Vaccination in Bombay 1869-1873 - 1869-1873
Year: 1869
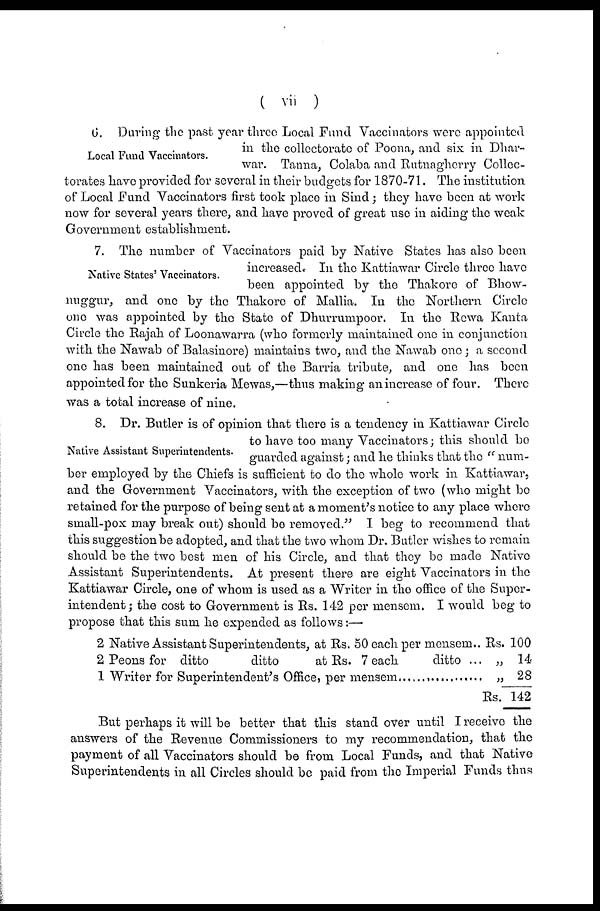
( vii )
Local Fund Vaccinators.
6. During the past year three Local Fund Vaccinators were appointed
in the collectorate of Poona, and six in Dhar-
war. Tanna, Colaba and Rutnagherry Collec-
torates have provided for several in their budgets for 1870-71. The institution
of Local Fund Vaccinators first took place in Sind; they have been at work
now for several years there, and have proved of great use in aiding the weak
Government establishment.
Native States' Vaccinators.
7. The number of Vaccinators paid by Native States has also been
increased. In the Kattiawar Circle three have
been appointed by the Thakore of Bhow-
nuggur, and one by the Thakore of Mallia. In the Northern Circle
one was appointed by the State of Dhurrumpoor. In the Rewa Kanta
Circle the Rajah of Loonawarra (who formerly maintained one in conjunction
with the Nawab of Balasinore) maintains two, and the Nawab one; a second
one has been maintained out of the Barria tribute, and one has been
appointed for the Sunkeria Mewas,—thus making an increase of four. There
was a total increase of nine.
Native Assistant Superintendents.
8. Dr. Butler is of opinion that there is a tendency in Kattiawar Circle
to have too many Vaccinators; this should be
guarded against; and he thinks that the " num-
ber employed by the Chiefs is sufficient to do the whole work in Kattiawar,
and the Government Vaccinators, with the exception of two (who might be
retained for the purpose of being sent at a moment's notice to any place where
small-pox may break out) should be removed." I beg to recommend that
this suggestion be adopted, and that the two whom Dr. Butler wishes to remain
should be the two best men of his Circle, and that they be made Native
Assistant Superintendents. At present there are eight Vaccinators in the
Kattiawar Circle, one of whom is used as a Writer in the office of the Super-
intendent; the cost to Government is Rs. 142 per mensem. I would beg to
propose that this sum he expended as follows:—
2 Native Assistant Superintendents, at Rs. 50 each per mensem..
2 Peons for ditto
ditto
at Rs. 7 each
ditto ...
1 Writer for Superintendent's Office, per mensem ...................
Rs. 100
„ 14
„ 28
Rs. 142
But perhaps it will be better that this stand over until I receive the
answers of the Revenue Commissioners to my recommendation, that the
payment of all Vaccinators should be from Local Funds, and that Native
Superintendents in all Circles should be paid from the Imperial Funds thus